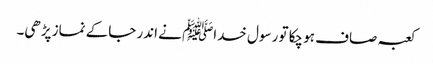
کعبہ صاف ہو چکا تو رسول خداﷺ نے اندر جاکے نماز پڑھی۔